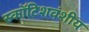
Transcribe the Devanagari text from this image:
स्कॉटिशवंशीय